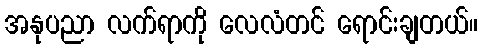
အနုပညာ လက်ရာကို လေလံတင် ရောင်းချတယ်။